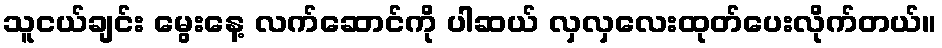
သူငယ်ချင်း မွေးနေ့ လက်ဆောင်ကို ပါဆယ် လှလှလေးထုတ်ပေးလိုက်တယ်။